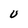
Character: U